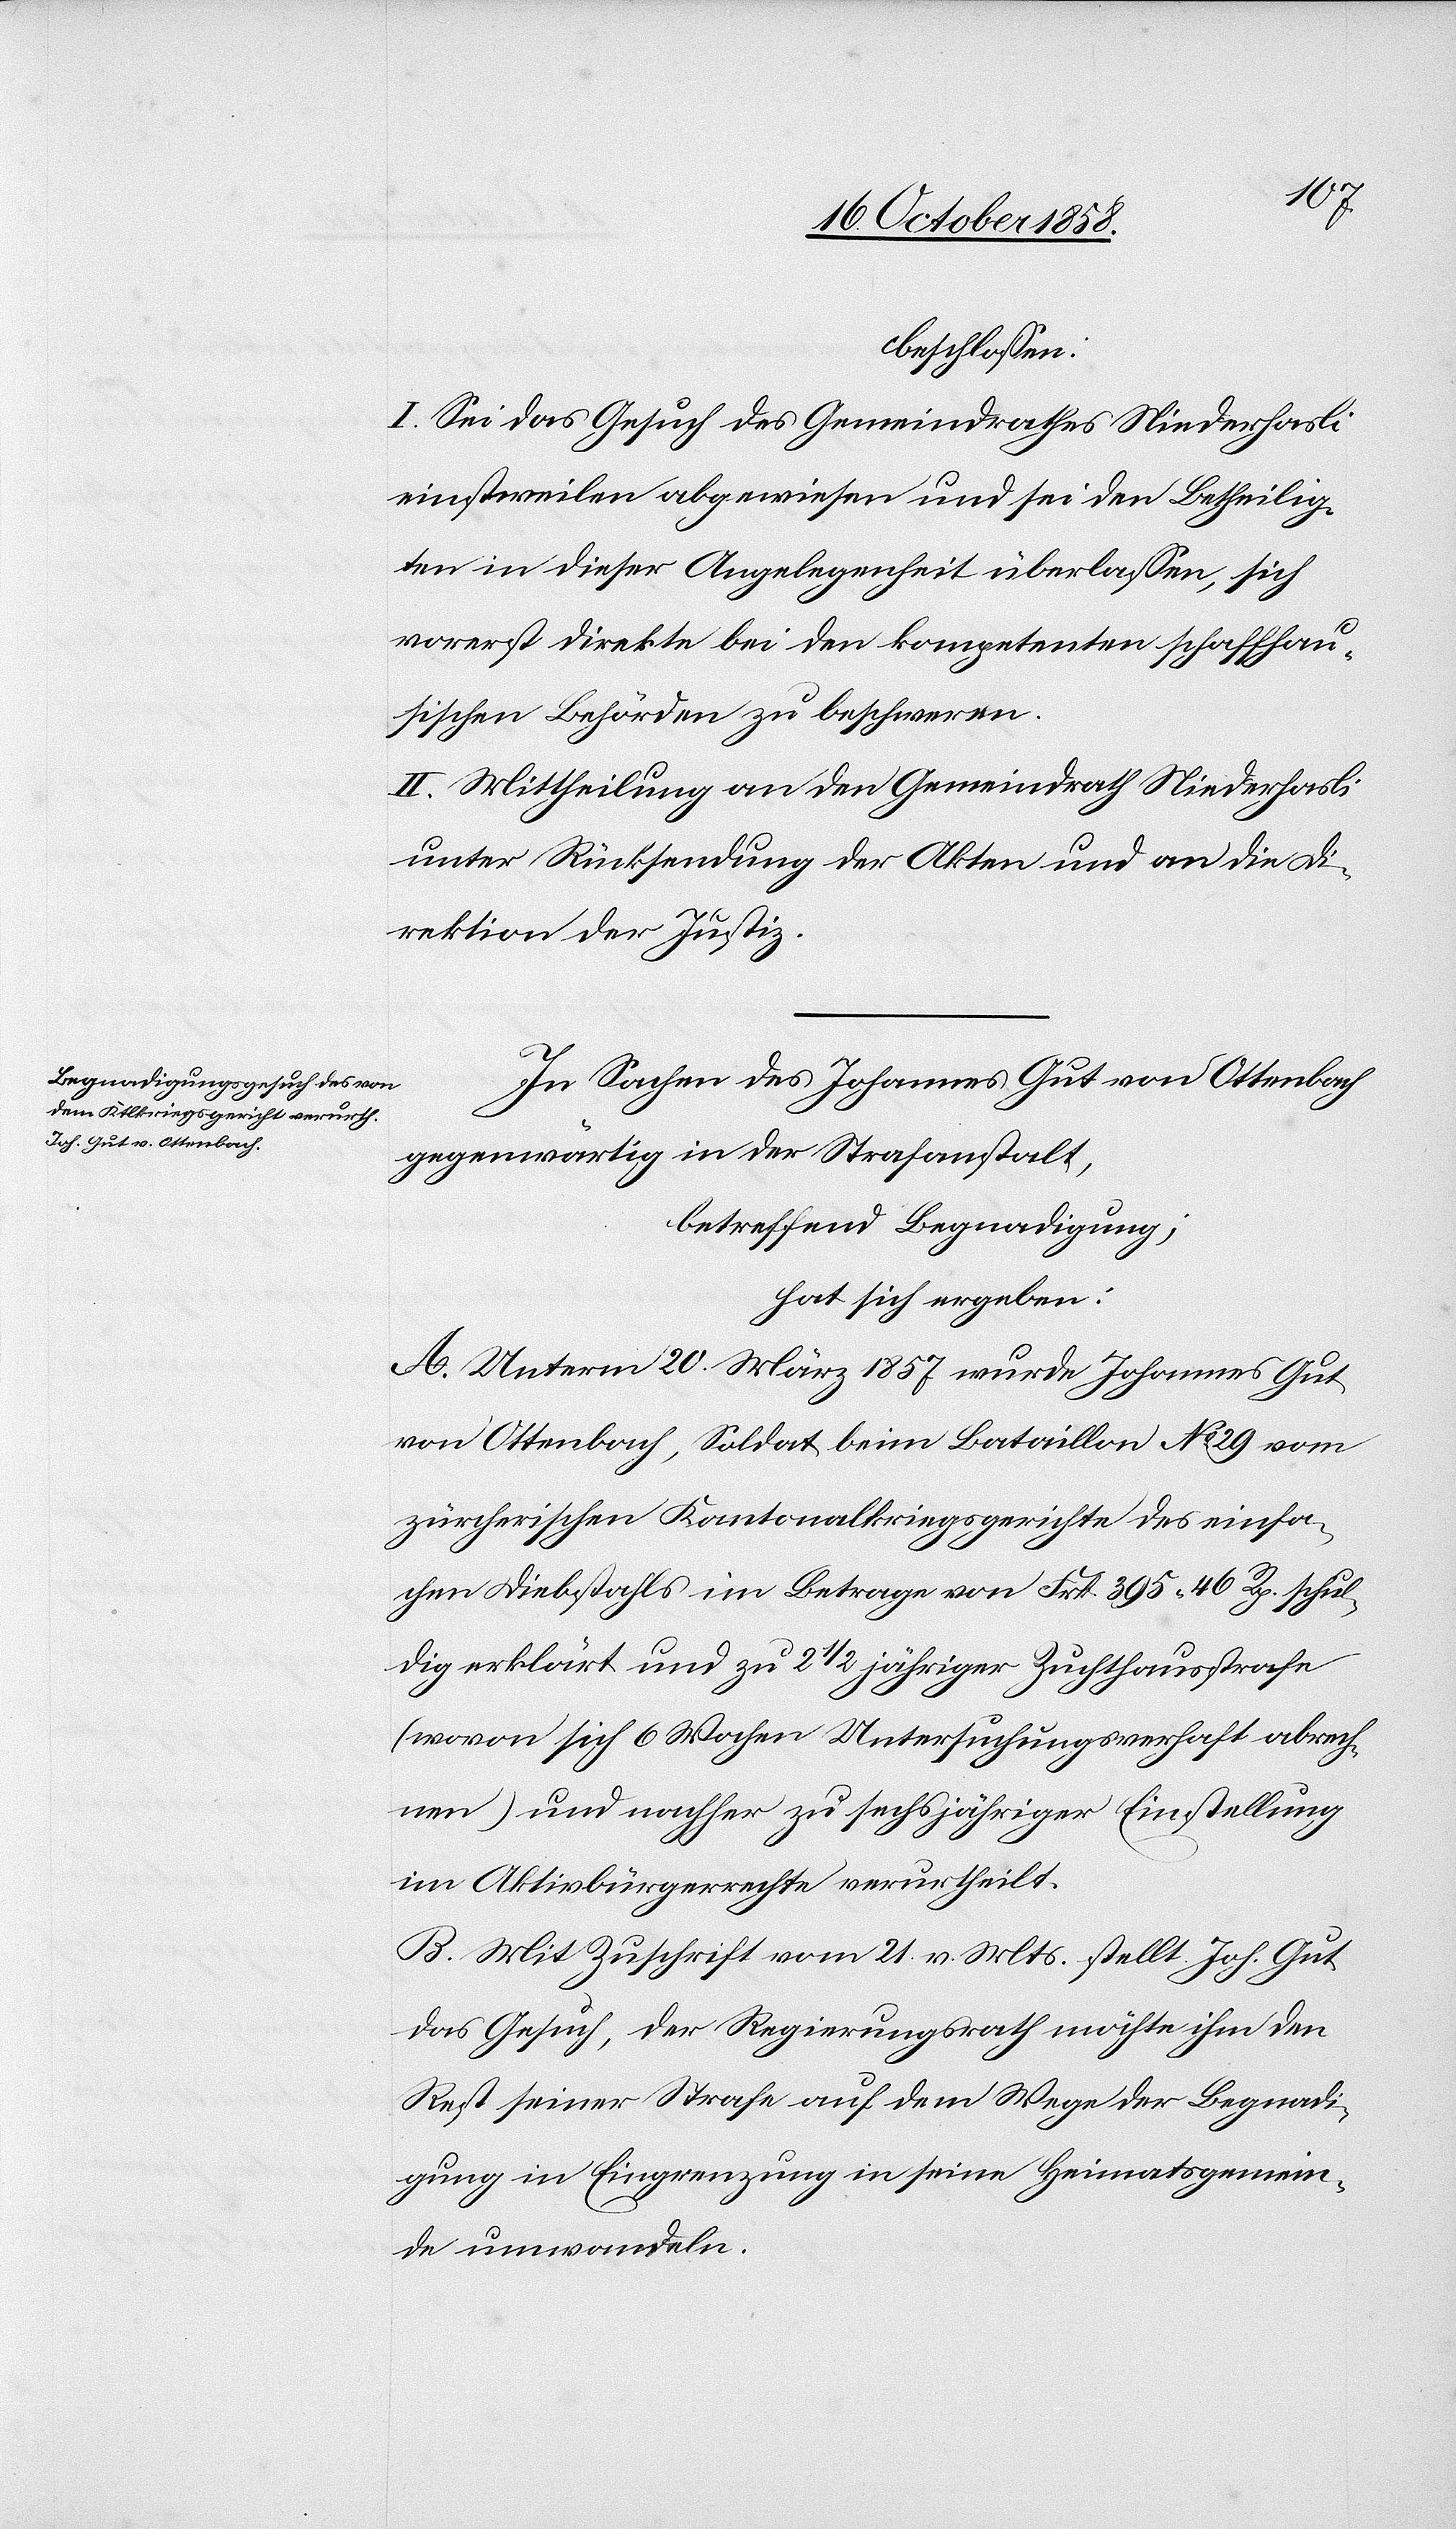
beschlossen:
I. Sei das Gesuch des Gemeindrathes Niederhasli
einstweilen abgewiesen und sei den Betheilig¬
ten in dieser Angelegenheit überlassen, sich
vorerst direkte bei den kompetenten schaffhau¬
sischen Behörden zu beschweren.
II. Mittheilung an den Gemeindrath Niederhasli
unter Rücksendung der Akten und an die Di¬
rektion der Justiz.
In Sachen des Johannes Gut von Ottenbach
gegenwärtig in der Strafanstalt,
betreffend Begnadigung;
hat sich ergeben:
A. Unterm 20. März 1857 wurde Johannes Gut
von Ottenbach, Soldat beim Bataillon No. 29 vom
zürcherischen Kantonalkriegsgerichte des einfa¬
chen Diebstahls im Betrage von Frk. 395 46 Rp. schul¬
dig erklärt und zu 2 1/2 jähriger Zuchthausstrafe
(wovon sich 6 Wochen Untersuchungsverhaft abrech¬
nen) und nachher zu sechsjähriger Einstellung
im Aktivbürgerrechte verurtheilt.
B. Mit Zuschrift vom 21. v. Mts. stellt Joh. Gut
das Gesuch, der Regierungsrath möchte ihm den
Rest seiner Strafe auf dem Wege der Begnadi¬
gung in Eingrenzung in seine Heimatsgemein¬
de umwandeln.